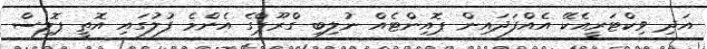
އަދި ވިކްޓަރީއެކޭ އެއްފަދައިން ޕޮއިންޓެއް ނުލިބި ގްރޫޕްގެ އެންމެ ފުލުގައި އޮތީ ޕޮލިސް